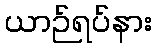
ယာဉ်ရပ်နား